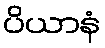
ပိယာနံ